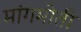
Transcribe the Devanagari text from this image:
मांगमोती